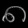
Digit: ၈